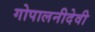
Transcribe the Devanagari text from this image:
गोपालनीदेवी